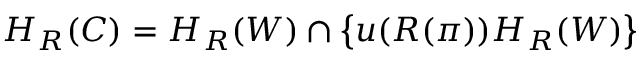
H _ { R } ( C ) = H _ { R } ( W ) \cap \left\{ u ( R ( \pi ) ) H _ { R } ( W ) \right\}